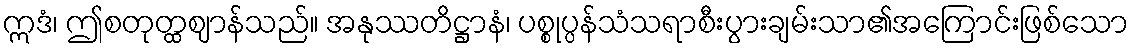
ဣဒံ၊ ဤစတုတ္ထဈာန်သည်။ အနုဿတိဋ္ဌာနံ၊ ပစ္စုပ္ပန်သံသရာစီးပွားချမ်းသာ၏အကြောင်းဖြစ်သော